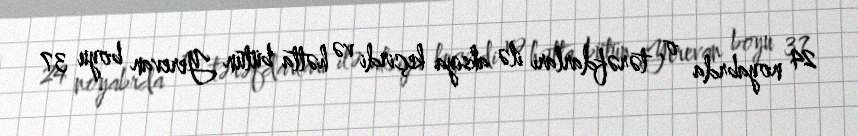
24 noyabrda o, tərəfdarları ilə aksiya keçirdi və hətta bütün Yerevan boyu 37